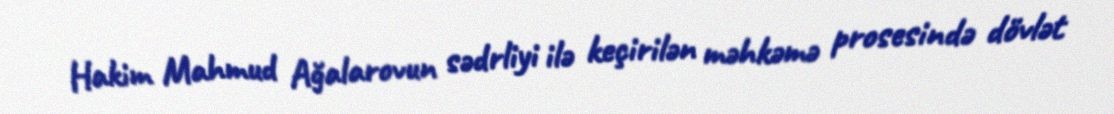
Hakim Mahmud Ağalarovun sədrliyi ilə keçirilən məhkəmə prosesində dövlət